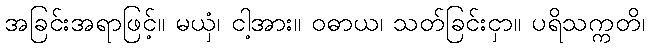
အခြင်းအရာဖြင့်။ မယှံ၊ ငါ့အား။ ဝဓာယ၊ သတ်ခြင်းငှာ။ ပရိသက္ကတိ၊